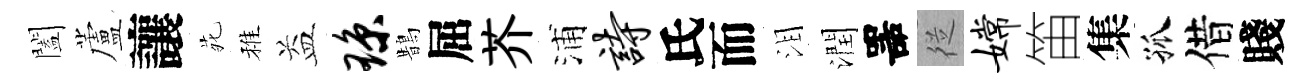
闔蘆讓𫟍稚益琼鵲屈芥浦诗氏而泪潤噐従嫦笛集孤借賤